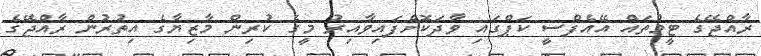
ރާއްޖޭގެ ޓީމުތައް އޭއެފްސީ ކަޕްގައި ވާދަކޮށްފައިވާއިރު މީގެ ކުރިން މާޒިޔާގެ އިތުރުން ރާއްޖޭގެ